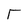
Character: T